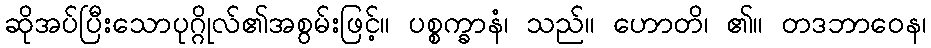
ဆိုအပ်ပြီးသောပုဂ္ဂိုလ်၏အစွမ်းဖြင့်။ ပစ္စက္ခာနံ၊ သည်။ ဟောတိ၊ ၏။ တဒဘာဝေန၊